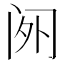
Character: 𬮡